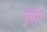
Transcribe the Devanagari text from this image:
पुंढीर